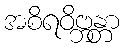
အစိရဝိဗ္ဘန္တာ